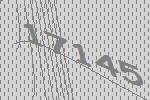
17145